Vaccination North-Western Provinces 1866-1877 - 1866-1877
Year: 1866
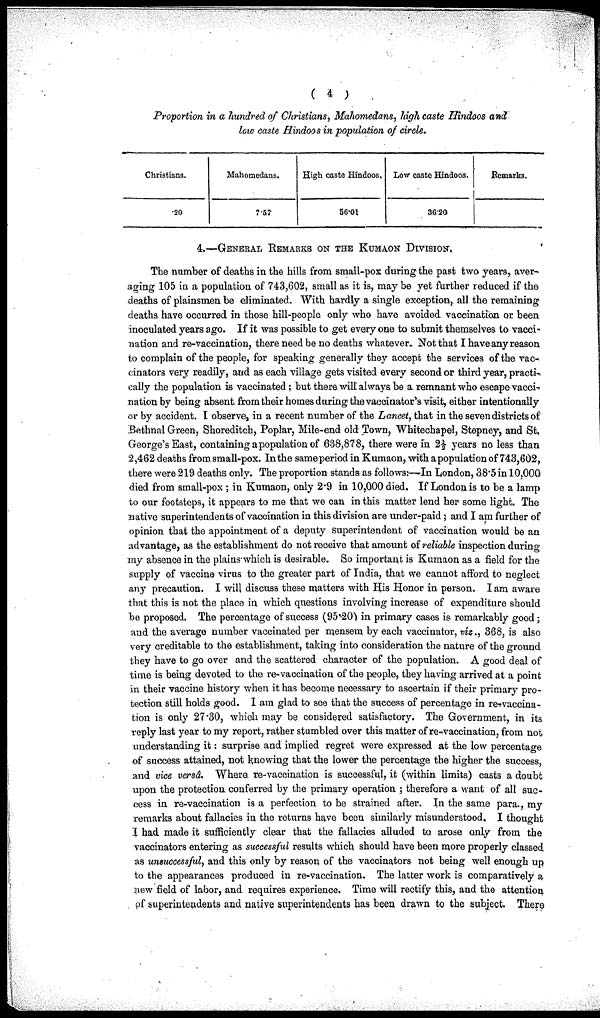
( 4 )
Proportion in a hundred of Christians, Mahomedans, high caste Hindoos and
low caste Hindoos in population of circle.
Christians.
.20
Mahomedans.
7.57
High caste Hindoos,
56.01
Low caste Hindoos.
36.20
Remarks.
4.—GENERAL REMARKS ON THE KUMAON DIVISION.
The number of deaths in the hills from small-pox during the past two years, aver-
aging 105 in a population of 743,602, small as it is, may be yet further reduced if the
deaths of plainsmen be eliminated. With hardly a single exception, all the remaining
deaths have occurred in those hill-people only who have avoided vaccination or been
inoculated years ago. If it was possible to get every one to submit themselves to vacci-
nation and re-vaccination, there need be no deaths whatever. Not that I have any reason
to complain of the people, for speaking generally they accept the services of the vac-
cinators very readily, and as each village gets visited every second or third year, practi-
cally the population is vaccinated ; but there will always be a remnant who escape vacci-
nation by being absent from their homes during the vacoinator's visit, either intentionally
or by accident. I observe, in a recent number of the Lancet, that in the seven districts of
Bethnal Green, Shoreditch, Poplar, Mile-end old Town, Whitechapel, Stepney, and St.
George's East, containing a population of 638,878, there were in 2½ years no less than
2,462 deaths from small-pox. In the same period in Kumaon, with a population of 743,602,
there were 219 deaths only. The proportion stands: as follows:—In London, 38.5 in 10,000
died from small-pox ; in Kumaon, only 2.9 in 10,000 died. If London is to be a lamp
to our footsteps, it appears to me that we can in this matter lend her some light. The
native superintendents of vaccination in this division are under-paid; and I am further of
opinion that the appointment of a deputy superintendent of vaccination would be an
advantage, as the establishment do not receive that amount of reliable inspection during
my absence in the plains hich is desirable. So important is Kumaon as a field for the
supply of vaccine virus to the greater part of India, that we cannot afford to neglect
any precaution. I will discuss these matters with His Honor in person. I am aware
that this is not the place in which questions involving increase of expenditure should
be proposed. The percentage of success (95.20) in primary cases is remarkably good;
and the average number vaccinated per mensem by each vaccinator, viz., 368, is also
very creditable to the establishment, taking into consideration the nature of the ground
they have to go over and the scattered character of the population. A good deal of
time is being devoted to the re-vaccination of the people, they having arrived at a point
in their vaccine history when it has become necessary to ascertain if their primary pro-
tection still holds good. I am glad to see that the success of percentage in re-vaccina-
tion is only 27.30, which may be considered satisfactory. The Government, in its
reply last year to my report, rather stumbled over this matter of re-vaccination, from not
understanding it: surprise and implied regret were expressed at the low percentage
of success attained, not knowing that the lower the percentage the higher the success,
and vice versâ. Where re-vaccination is successful, it (within limits) casts a doubt
upon the protection conferred by the primary operation ; therefore a want of all suc-
cess in re-vaccination is a perfection to he strained after. In the same para., my
remarks about fallacies in the returns have been similarly misunderstood, I thought
I had made it sufficiently clear that the fallacies alluded to arose only from the
vaccinators entering as successful results which should have been more properly classed
as unsuccessful, and this only by reason of the vaccinators not being well enough up
to the appearances produced in re-vaccination. The latter work is comparatively a
new field of labor, and requires experience. Time will rectify this, and the attention
of superintendents and native superintendents has been drawn to the subject. There